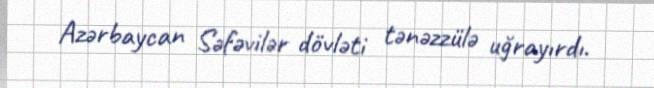
Azərbaycan Səfəvilər dövləti tənəzzülə uğrayırdı.